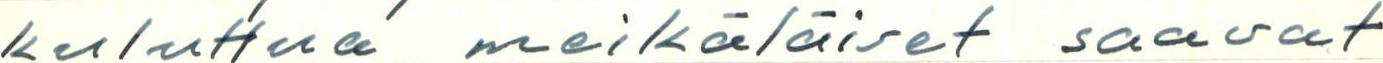
kuluttua meikäläiset saavat